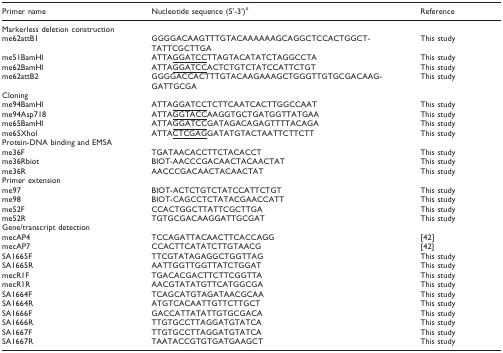
<table><thead><tr><td><b>Primer name</b></td><td><b>Nucleotide sequence (5&#x27;-3&#x27;)<sup><i>a</i></sup></b></td><td><b>Reference</b></td></tr></thead><tbody><tr><td>Markerless deletion construction</td><td></td><td></td></tr><tr><td> me62attB1</td><td>GGGGACAAGTTTGTACAAAAAAGCAGGCTCCACTGGCTTATTCGCTTGA</td><td>This study</td></tr><tr><td> me51BamHI</td><td>ATTA<underline>GGATCC</underline>TTAGTACATATCTAGGCCTA</td><td>This study</td></tr><tr><td> me62BamHI</td><td>ATTA<underline>GGATCC</underline>ACTCTGTCTATCCATTCTGT</td><td>This study</td></tr><tr><td> me62attB2</td><td>GGGGACCACTTTGTACAAGAAAGCTGGGTTGTGCGACAAGGATTGCGA</td><td>This study</td></tr><tr><td>Cloning</td><td></td><td></td></tr><tr><td> me94BamHI</td><td>ATTA<underline>GGATCC</underline>TCTTCAATCACTTGGCCAAT</td><td>This study</td></tr><tr><td> me94Asp718</td><td>ATTA<underline>GGTACC</underline>AAGGTGCTGATGGTTATGAA</td><td>This study</td></tr><tr><td> me65BamHI</td><td>ATTA<underline>GGATCC</underline>GATAGACAGAGTTTTACAGA</td><td>This study</td></tr><tr><td> me65XhoI</td><td>ATTA<underline>CTCGAG</underline>GATATGTACTAATTCTTCTT</td><td>This study</td></tr><tr><td>Protein-DNA binding and EMSA</td><td></td><td></td></tr><tr><td> me36F</td><td>TGATAACACCTTCTACACCT</td><td>This study</td></tr><tr><td> me36Rbiot</td><td>BIOT-AACCCGACAACTACAACTAT</td><td>This study</td></tr><tr><td> me36R</td><td>AACCCGACAACTACAACTAT</td><td>This study</td></tr><tr><td>Primer extension</td><td></td><td></td></tr><tr><td> me97</td><td>BIOT-ACTCTGTCTATCCATTCTGT</td><td>This study</td></tr><tr><td> me98</td><td>BIOT-CAGCCTCTATACGAACCATT</td><td>This study</td></tr><tr><td> me52F</td><td>CCACTGGCTTATTCGCTTGA</td><td>This study</td></tr><tr><td> me52R</td><td>TGTGCGACAAGGATTGCGAT</td><td>This study</td></tr><tr><td>Gene/transcript detection</td><td></td><td></td></tr><tr><td> mecAP4</td><td>TCCAGATTACAACTTCACCAGG</td><td>[42]</td></tr><tr><td> mecAP7</td><td>CCACTTCATATCTTGTAACG</td><td>[42]</td></tr><tr><td> SA1665F</td><td>TTCGTATAGAGGCTGGTTAG</td><td>This study</td></tr><tr><td> SA1665R</td><td>AATTGGTTGGTTATCTGGAT</td><td>This study</td></tr><tr><td> mecR1F</td><td>TGACACGACTTCTTCGGTTA</td><td>This study</td></tr><tr><td> mecR1R</td><td>AACGTATATGTTCATGGCGA</td><td>This study</td></tr><tr><td> SA1664F</td><td>TCAGCATGTAGATAACGCAA</td><td>This study</td></tr><tr><td> SA1664R</td><td>ATGTCACAATTGTTCTTGCT</td><td>This study</td></tr><tr><td> SA1666F</td><td>GACCATTATATTGTGCGACA</td><td>This study</td></tr><tr><td> SA1666R</td><td>TTGTGCCTTAGGATGTATCA</td><td>This study</td></tr><tr><td> SA1667F</td><td>TTGTGCCTTAGGATGTATCA</td><td>This study</td></tr><tr><td> SA1667R</td><td>TAATACCGTGTGATGAAGCT</td><td>This study</td></tr></tbody></table>